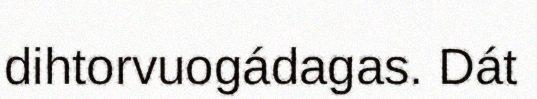
dihtorvuogádagas. Dát